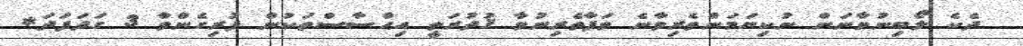
ދެކެ ލޯބިނުވާނަން ނުކިޔަމަންތެރިވާނެ ވަފާތެރިނުވާ ޤުދުރަތީ އިޙްސާސްތަކުން ފުރިގެންވާ 3 ގަދަފަދަ*